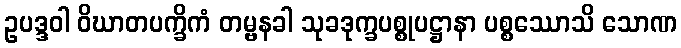
ဥပဒ္ဒဝါ ဝိဃာတပက္ခိကံ တမ္ဗနခါ သုခဒုက္ခပစ္စုပဋ္ဌာနာ ပစ္စဿောသိ သောဏ